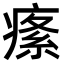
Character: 𤸍